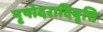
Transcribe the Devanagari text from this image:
पृषोदरादिवृत्ति